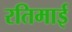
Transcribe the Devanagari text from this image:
रतिमाई